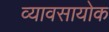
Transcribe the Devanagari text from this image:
व्यावसायोक